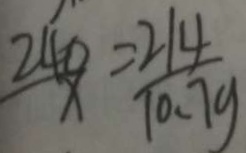
\frac { 2 4 0 } { x } = \frac { 2 1 4 } { 1 0 . 7 g }